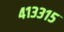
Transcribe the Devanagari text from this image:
४१३३१५